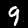
Digit: 9